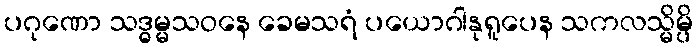
ပဂုဏော သဒ္ဓမ္မသဝနေ ခေမသရံ ပယောဂါနုရူပေန သကလသ္မိမ္ပိ